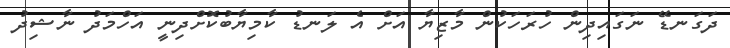
ދަގަނޑޭ ނަގައިދިން ހުރަހަކުން މާޒިޔާ އަށް އެ ލަނޑު ކާމިޔާބުކޮށްދިނީ އަހްމަދު ނާޝިދު